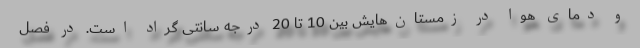
و دمای هوا در زمستان‌هایش بین 10 تا 20 درجه سانتی گراد است. در فصل